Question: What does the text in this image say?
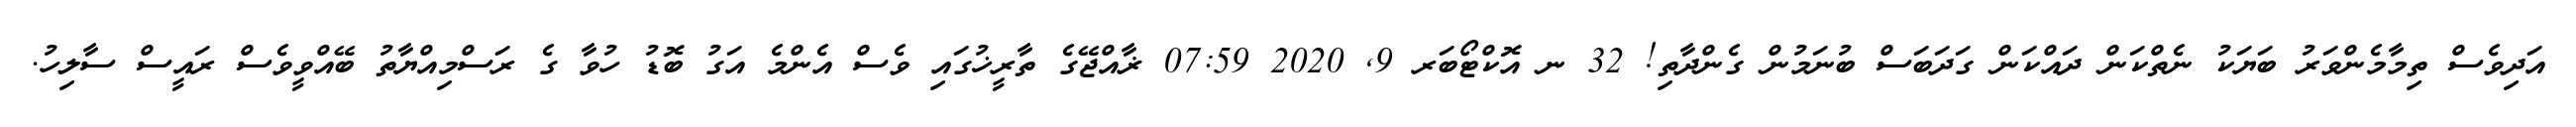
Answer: އަދިވެސް ތިމާމެންވަރު ބަޔަކު ނެތްކަން ދައްކަން ގަދަބަސް ބުނަމުން ގެންދާތި! 32 ނ އޮކްޓޯބަރ 9, 2020 07:59 ޜާއްޖޭގެ ތާރީޚުގައި ވެސް އެންމެ އަގު ބޮޑު ހުވާ ގެ ރަސްމިއްޔާތު ބޭއްވީވެސް ރައީސް ސާލިހު.